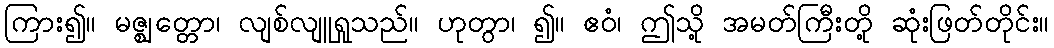
ကြား၍။ မဇ္ဈတ္တော၊ လျစ်လျူရှုသည်။ ဟုတွာ၊ ၍။ ဧဝံ၊ ဤသို့ အမတ်ကြီးတို့ ဆုံးဖြတ်တိုင်း။